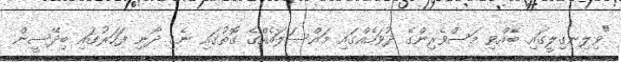
"ވިލިނގިލީގައި ބޭއްވި މަސްވެރިންގެ ދުވަހެއްގައި މައްސަލައެއްގެ ގޮތުގައި ނެގި ދޯނި ފަހަރުގައި ބިދޭސީން